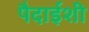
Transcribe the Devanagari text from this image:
पैदाईशी